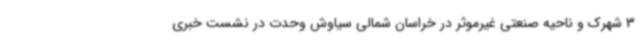
3 شهرک و ناحیه صنعتی غیرموثر در خراسان شمالی سیاوش وحدت در نشست خبری